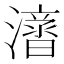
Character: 𱩝